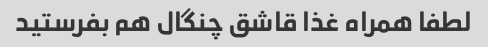
لطفا همراه غذا قاشق چنگال هم بفرستید